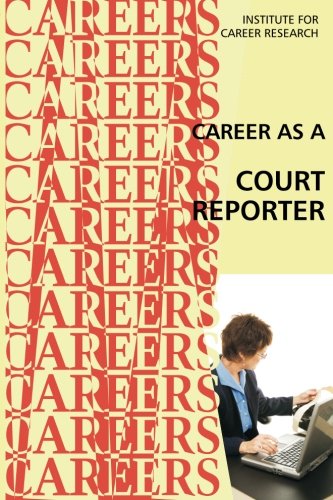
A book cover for Career as a Court Reporter; Institute For Career Research; Law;